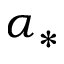
\alpha _ { * }